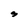
Character: S